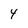
Character: 4